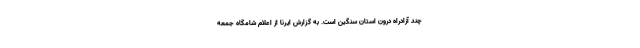
چند آزادراه درون استان سنگین است. به گزارش ایرنا از اعلام شامگاه جمعه